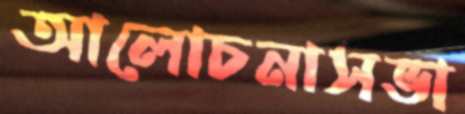
আলোচনাসভা